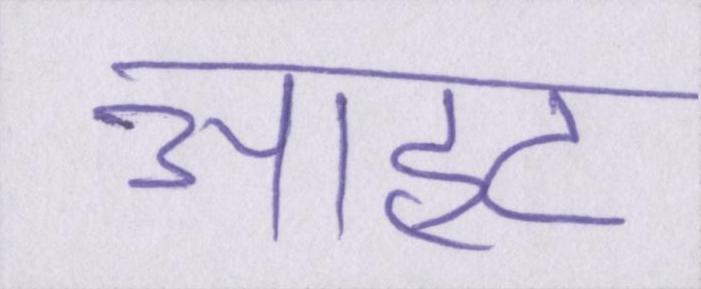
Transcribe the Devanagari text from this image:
आहट